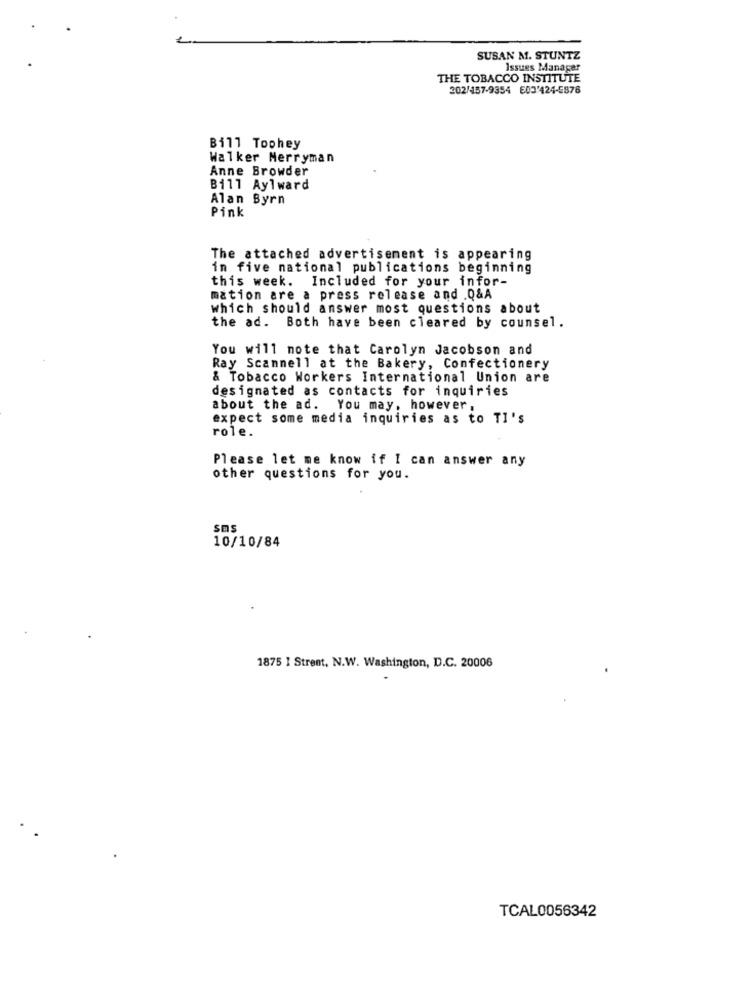
SUSAN M. STUNTZ
Issues Manager
THE TOBACCO INSTITUTE
202/457-9354 E03'424-5876
Bill Tophey
Walker Merryman
Anne Browder
Bill Aylward
Alan Byrn
Pink
The attached advertisement is appearing
in five national publications beginning
this week. Included for your infor-
mation are a press release and .Q&A
which should answer most questions about
the ad. Both have been cleared by counsel.
You will note that Carolyn Jacobson and
Ray Scannell at the Bakery, Confectionery
& Tobacco Workers International Union are
designated as contacts for inquiries
about the ad. You may, however,
expect some media inquiries as to Tl's
role.
Please let me know if I can answer any
other questions for you.
sms
10/10/84
1875 I Street, N.W. Washington, D.C. 20006
TCAL0056342